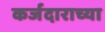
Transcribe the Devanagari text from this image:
कर्जदाराच्या